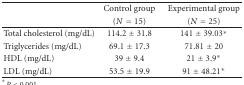
<table><thead><tr><td><b> </b></td><td><b>Control group</b></td><td><b>Experimental group</b></td></tr><tr><td><b> </b></td><td><b>(<i>N</i> = 15)</b></td><td><b>(<i>N</i> = 25)</b></td></tr></thead><tbody><tr><td>Total cholesterol (mg/dL)</td><td>114.2 ± 31.8</td><td>141 ± 39.03*</td></tr><tr><td>Triglycerides (mg/dL)</td><td>69.1 ± 17.3</td><td>71.81 ± 20</td></tr><tr><td>HDL (mg/dL)</td><td>39 ± 9.4</td><td>21 ± 3.9*</td></tr><tr><td>LDL (mg/dL)</td><td>53.5 ± 19.9</td><td>91 ± 48.21*</td></tr></tbody></table>